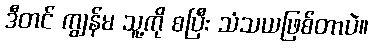
ဒီတင် ကျွန်မ သူ့ကို စပြီး သံသယဖြစ်တာပဲ။